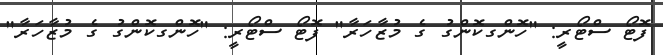
ފޮޓޯ ސްޓޯރީ: "ހޮންގކޮންގު ގެ މުޒާހަރާ" ފޮޓޯ ސްޓޯރީ: "ހޮންގކޮންގު ގެ މުޒާހަރާ"